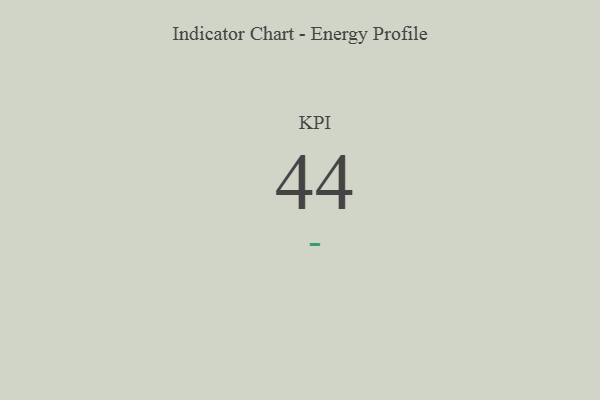
{"axis": {"x": "KPI", "y": "Value"}, "legend": [""], "data": [{"x": "KPI", "y": 44, "type": ""}]}